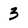
Character: 3